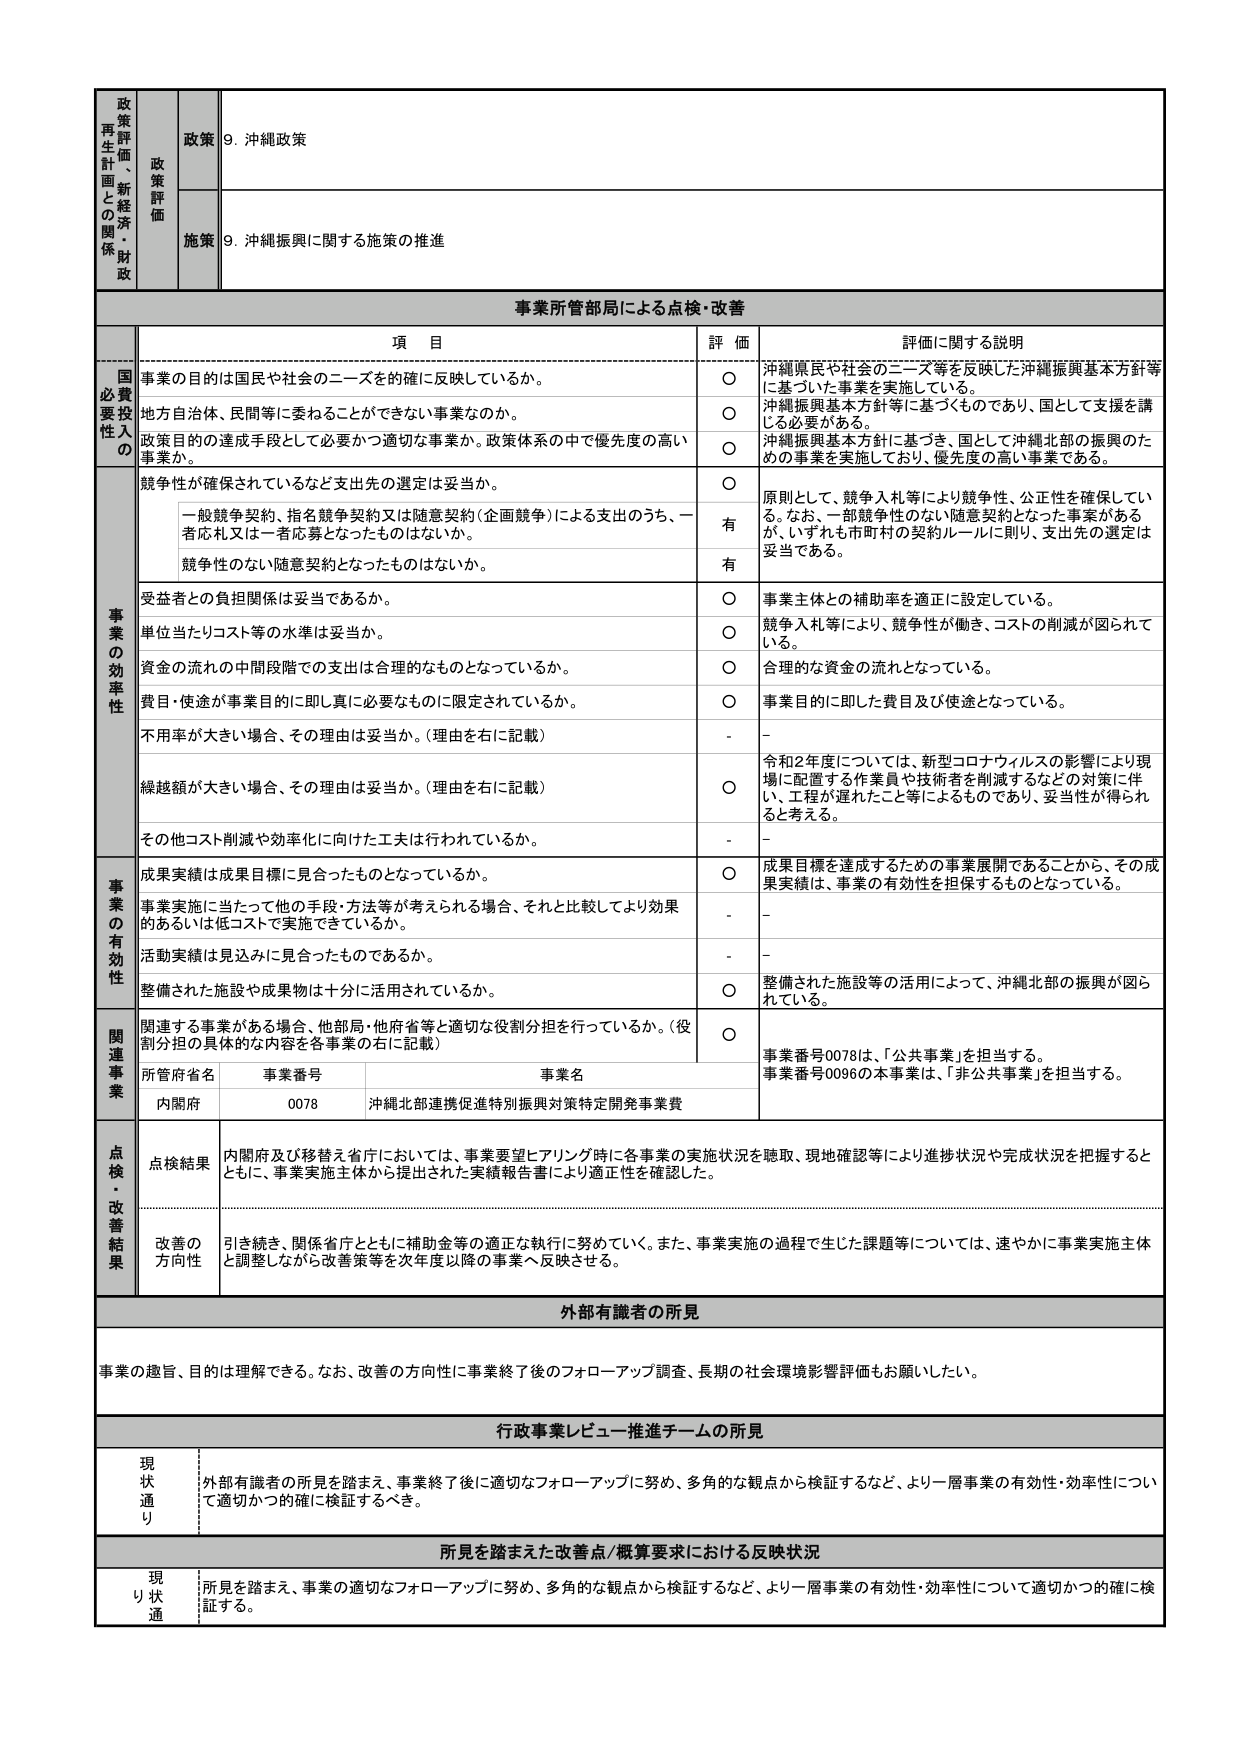
政策評価・新経済・財政
政策
9. 沖縄政策
施策
9. 沖縄振興に関する施策の推進
事業所管部局による点検・改善
項 目
評 価
評価に関する説明
国
必要
投資
性入
の
事業の目的は国民や社会のニーズを的確に反映しているか。
〇
沖縄県民や社会のニーズ等を反映した沖縄振興基本方針等に基づいた事業を実施している。
地方自治体、民間等に委ねることができない事業なのか。
〇
沖縄振興基本方針等に基づくものであり、国として支援を講じる必要がある。
政策目的の達成手段として必要かつ適切な事業か。政策体系の中で優先度の高い事業か。
〇
沖縄振興基本方針に基づき、国として沖縄北部の振興のための事業を実施しており、優先度の高い事業である。
事業の効率性
競争性が確保されているなど支出先の選定は妥当か。
〇
原則として、競争入札等により競争性、公正性を確保している。なお、一部競争性のない随意契約となった事業があるが、いずれも市町村の契約ルールに則り、支出先の選定は妥当である。
一般競争契約、指名競争契約又は随意契約（企画競争）による支出のうち、一者応札又は一者応募となったものはないか。
有
競争性のない随意契約となったものはないか。
有
受益者との負担関係は妥当であるか。
〇
事業主体との補助率を適正に設定している。
単位当たりコスト等の水準は妥当か。
〇
競争入札等により、競争性が働き、コストの削減が図られている。
資金の流れの中間段階での支出は合理的なものとなっているか。
〇
合理的な資金の流れとなっている。
費目・使途が事業目的に即し真に必要なものに限定されているか。
〇
事業目的に即した費目及び使途となっている。
不用率が大きい場合、その理由は妥当か。（理由を右に記載）
-
-
繰越額が大きい場合、その理由は妥当か。（理由を右に記載）
〇
令和2年度については、新型コロナウイルスの影響により現場に配置する作業員や技術者を削減するなどの対策に伴い、工程が遅れたこと等によるものであり、妥当性が得られると考える。
その他コスト削減や効率化に向けた工夫は行われているか。
-
-
事業の有効性
成果実績は成果目標に見合ったものとなっているか。
〇
成果目標を達成するための事業展開であることから、その成果実績は、事業の有効性を担保するものとなっている。
事業実施に当たって他の手段・方法等が考えられる場合、それと比較してより効果的あるいは低コストで実施できているか。
-
-
活動実績は見込みに見合ったものであるか。
-
-
整備された施設や成果物は十分に活用されているか。
〇
整備された施設等の活用によって、沖縄北部の振興が図られている。
関連事業
関連する事業がある場合、他部局・他府省等と適切な役割分担を行っているか。（役割分担の具体的な内容を各事業の右に記載）
〇
事業番号0078は、「公共事業」を担当する。
事業番号0096の本事業は、「非公共事業」を担当する。
所管府省名
事業番号
事業名
内閣府
0078
沖縄北部連携促進特別振興対策特定開発事業費
点検・改善結果
点検結果
内閣府及び移替え省庁においては、事業要望ヒアリング時に各事業の実施状況を聴取、現地確認等により進捗状況や完成状況を把握するとともに、事業実施主体から提出された実績報告書により適正性を確認した。
改善の方向性
引き続き、関係省庁とともに補助金等の適正な執行に努めていく。また、事業実施の過程で生じた課題等については、速やかに事業実施主体と調整しながら改善策等を次年度以降の事業へ反映させる。
外部有識者の所見
事業の趣旨、目的は理解できる。なお、改善の方向性に事業終了後のフォローアップ調査、長期的社会環境影響評価もお願いしたい。
行政事業レビュー推進チームの所見
現状通り
外部有識者の所見を踏まえ、事業終了後に適切なフォローアップに努め、多角的な観点から検証するなど、より一層事業の有効性・効率性について適切かつ的確に検証するべき。
所見を踏まえた改善点/概算要求における反映状況
現り状通り
所見を踏まえ、事業の適切なフォローアップに努め、多角的な観点から検証するなど、より一層事業の有効性・効率性について適切かつ的確に検証する。